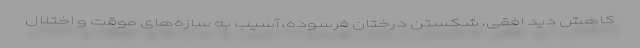
کاهش دید افقی، شکستن درختان فرسوده، آسیب به سازه‌های موقت و اختلال